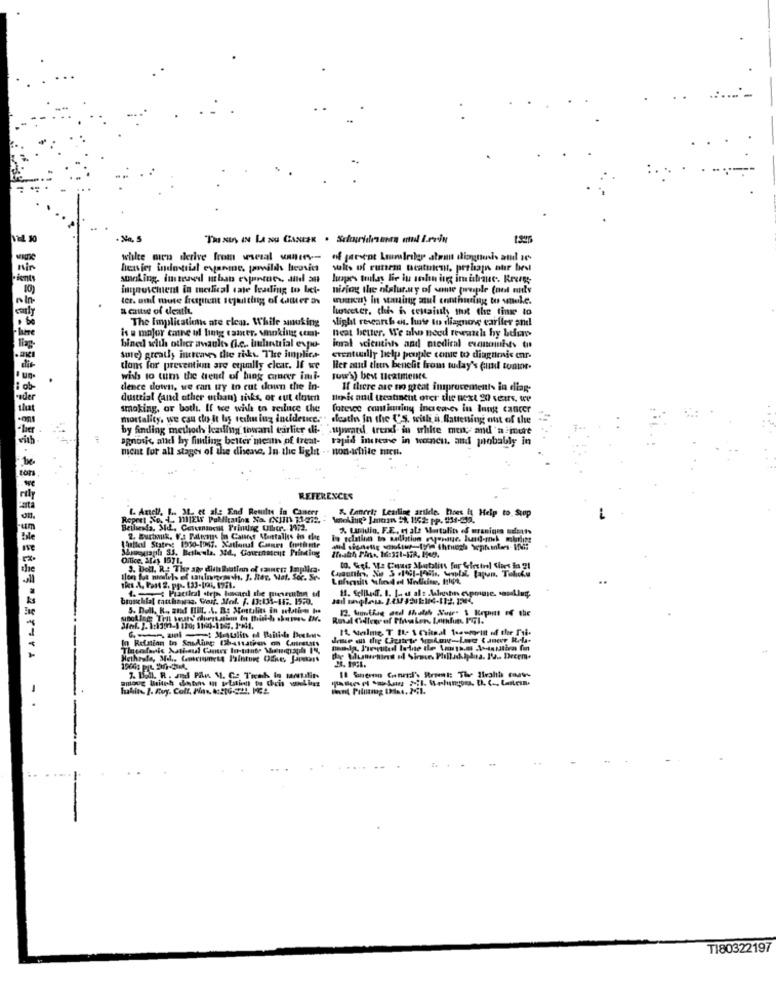
white men derive from wszal umrey-
wir
sols of runem acatulest. perhaps our best
smoking, instead mban expertcs, dild an
ingnoschent in medical tate leading to bet-
niriog the nialurary of some twople (not only
ter. uml monte freptent sejaatting of datter in
suaicar! in staninggg azul ennthunting to stuke.
Actie of death
however, this is certainly that the ting to
The Implications ate clean. While smoking
slight research et. hute to dliagnone earlier and
is a major cane ul ling tamer, smoking ceat-
Heat better. We aho need fewauch hy beer
bined with other avaults Cie. bulantrial expo-
loral scientists and medical evencihts tit
Sure) greatly increases the risks The implic+
eventually help people come to diagnrais enr.
tions for prevention are etpamlly clear. If we
Hier and then benefit from today's cual tomor.
wish to tum the trend of lung cancer imi-
rows) best textmente
dence down, we can uy to cut down the in-
If there are no great improvements in diag-
dustrial (and other urban) riks, or cut down
think and treatment ofer the west 20 veurs, we
smoking, or both. If we wish to reiluce the
foteve continuing increases its lung cancer
mortality, we can cho It by techning incidence.""
death In the ('S, with a flauening out of the -
by finding methods leading towarl tarlier di-
upward trend in white men and'n mure
agnovic, alld by fithling better ment of treat- rapid increme in
rapid increme in wenen, and probably in
ment for all stages of the disene, In the light -. non-white mien.
REFERENCES
1. Ancl. L. 31. et al: End Results In Cancer
Ropesi No. ..
&Caneris Leailing arilde. Does it Help to. Stop
% Luidin, F.E. et ale Mestulits ef wranigra adotts
2. Burtouk. Va Pations In Calcet Mentalis to che
bo relation to Radiation eyonite. Iund-mek mbh
3. Doll. R .: The age dich lation of cainres Imp
Ilen fos motels of carloneauch, J. Rtor, Mat. Soc. Se-
5. Dall. R ., and HIL. . A. B: Mortalita in sedation bo
14 Melme T 21- 1 csinal teaumeint of the I'yi.
6.an -: Moulin of Bitch Duales
7. Ball. R. and Pin M. G: Trech in tantilins
huahin 1. Rvy. Colt. Pas. 216-321, 162.
T180322197